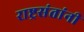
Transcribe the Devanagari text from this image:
राष्ट्रसंतांनी